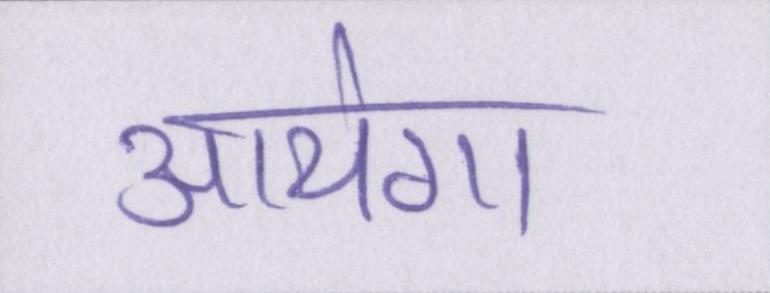
आयेगा